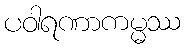
ပဝါရဏာကမ္မဿ